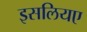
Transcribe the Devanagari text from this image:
इसलियए